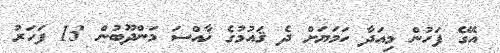
އޭގެ ފަހުން މިއަދާ ހަމަޔަށް ދެ ޤައުމުގެ ޚާއްސަ މަންދޫބުން 13 ފަހަރު